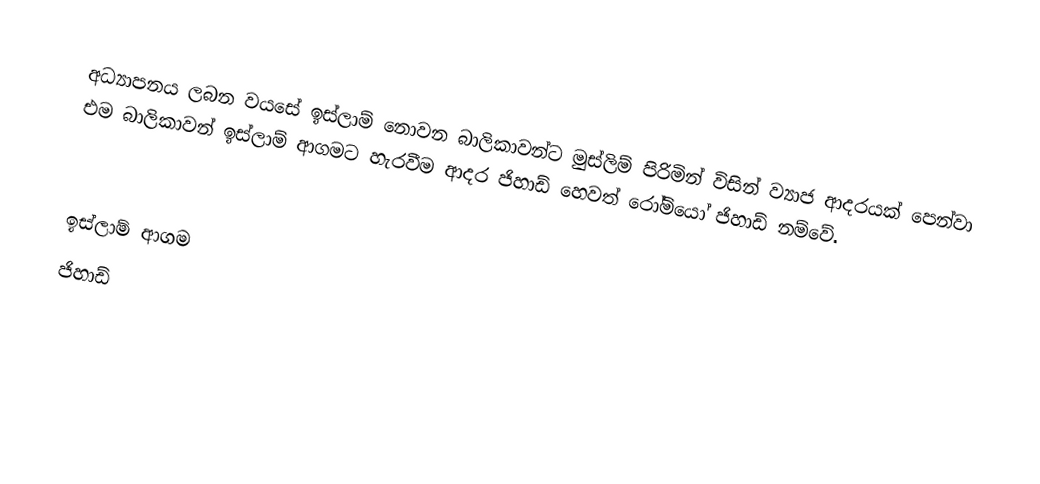
අධ්‍යාපනය ලබන වයසේ ඉස්ලාම් නොවන බාලිකාවන්ට මුස්ලිම් පිරිමින් විසින් ව්‍යාජ ආදරයක් පෙන්වා එම බාලිකාවන් ඉස්ලාම් ආගමට හැරවීම ආදර ජිහාඩ් හෙවත් රෝමියෝ ජිහාඩ් නම්වේ.

ඉස්ලාම් ආගම
ජිහාඩ්